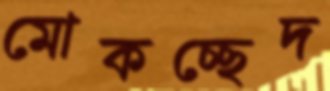
মোকচ্ছেদ